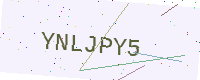
Text: YNLJPY5